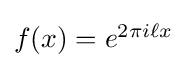
\textstyle f(x)=e^{2\pi i\ell x}